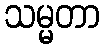
သမ္မတာ